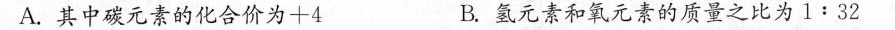
A.其中碳元素的化合价为+4 B.氢元素和氧元素的质量之比为$$1 : 3 2$$